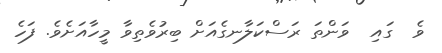
ވެ  ގައި  ވަންތަ ރަސްކަލާނގެއަށް ބިރުވެތިވާ މީހާއަށެވެ. ފަހެ